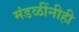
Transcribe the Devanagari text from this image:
मंडळींनीही